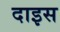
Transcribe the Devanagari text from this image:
दाइस